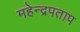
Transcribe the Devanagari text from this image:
महेन्द्रपताप